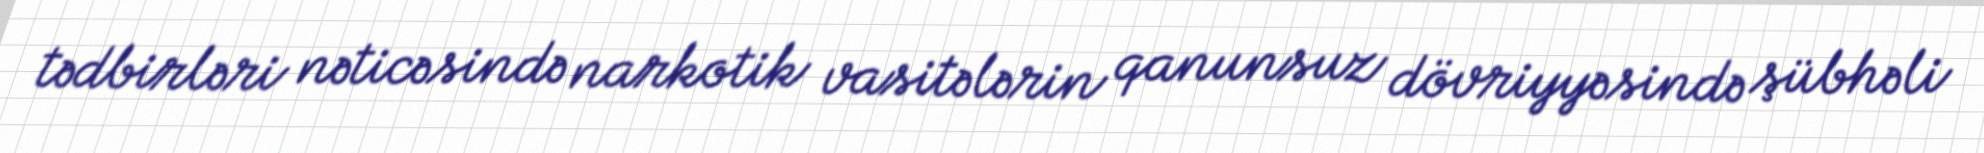
tədbirləri nəticəsində narkotik vasitələrin qanunsuz dövriyyəsində şübhəli